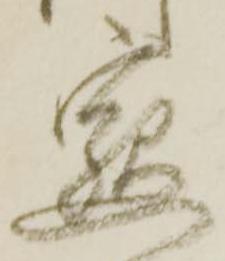
懇